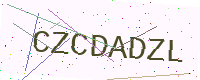
Text: CZCDADZL